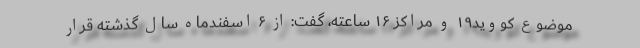
موضوع کووید۱۹ و مراکز ۱۶ ساعته، گفت: از ۶ اسفندماه سال گذشته قرار